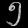
Digit: ၅